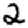
Digit: 2